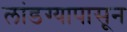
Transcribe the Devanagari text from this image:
लांडग्यापासून